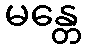
မန္တေ